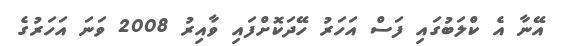
އޭނާ އެ ކްލަބުގައި ފަސް އަހަރު ހޭދަކޮށްފައި ވާއިރު 2008 ވަނަ އަހަރުގެ